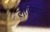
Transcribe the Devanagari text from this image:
लीबिया।